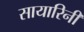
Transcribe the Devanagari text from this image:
सायारिनी